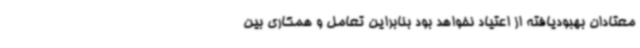
معتادان بهبودیافته از اعتیاد نخواهد بود بنابراین تعامل و همکاری بین